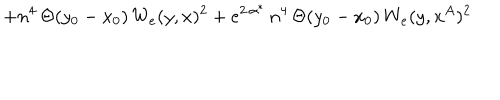
LaTeX: + n ^ { 4 } \, \Theta ( y _ { 0 } - x _ { 0 } ) \, W _ { e } ( y , x ) ^ { 2 } + e ^ { 2 \, \alpha ^ { * } } \, n ^ { 4 } \, \Theta ( y _ { 0 } - x _ { 0 } ) \, W _ { e } ( y , x ^ { A } ) ^ { 2 }